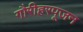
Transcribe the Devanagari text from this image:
गौरीहरपूजन